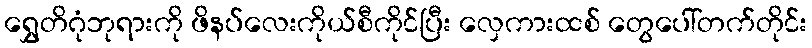
ရွှေတိဂုံဘုရားကို ဖိနပ်လေးကိုယ်စီကိုင်ပြီး လှေကားထစ် တွေပေါ်တက်တိုင်း